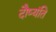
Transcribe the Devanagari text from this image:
दौष्यंति